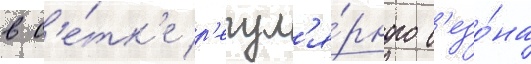
в с'е́тк'е р'егул'я́рного с'езо́на